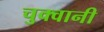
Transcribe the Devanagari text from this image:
चुक्वानी